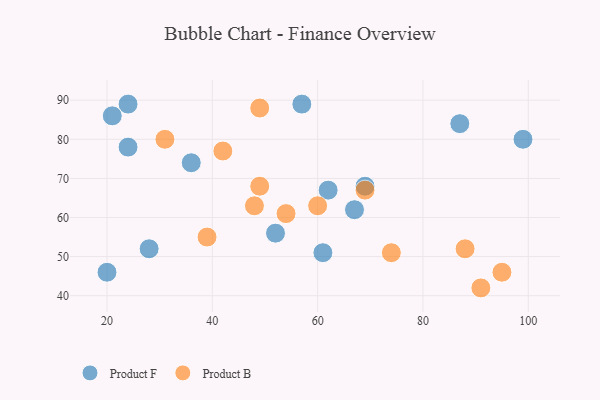
{"axis": {"x": "GDP", "y": "Life Expectancy"}, "legend": ["Product B", "Product F"], "data": [{"x": "67", "y": 62, "type": "Product F"}, {"x": "24", "y": 78, "type": "Product F"}, {"x": "36", "y": 74, "type": "Product F"}, {"x": "61", "y": 51, "type": "Product F"}, {"x": "99", "y": 80, "type": "Product F"}, {"x": "52", "y": 56, "type": "Product F"}, {"x": "62", "y": 67, "type": "Product F"}, {"x": "24", "y": 89, "type": "Product F"}, {"x": "20", "y": 46, "type": "Product F"}, {"x": "57", "y": 89, "type": "Product F"}, {"x": "28", "y": 52, "type": "Product F"}, {"x": "21", "y": 86, "type": "Product F"}, {"x": "69", "y": 68, "type": "Product F"}, {"x": "87", "y": 84, "type": "Product F"}, {"x": "39", "y": 55, "type": "Product B"}, {"x": "42", "y": 77, "type": "Product B"}, {"x": "88", "y": 52, "type": "Product B"}, {"x": "48", "y": 63, "type": "Product B"}, {"x": "60", "y": 63, "type": "Product B"}, {"x": "91", "y": 42, "type": "Product B"}, {"x": "54", "y": 61, "type": "Product B"}, {"x": "95", "y": 46, "type": "Product B"}, {"x": "49", "y": 88, "type": "Product B"}, {"x": "31", "y": 80, "type": "Product B"}, {"x": "74", "y": 51, "type": "Product B"}, {"x": "69", "y": 67, "type": "Product B"}, {"x": "49", "y": 68, "type": "Product B"}]}